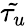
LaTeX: \tilde{\tau_{u}}